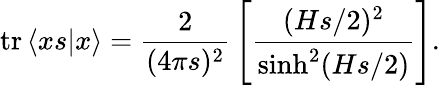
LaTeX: \mathrm{tr}\left<xs|x\right>={\frac{2}{(4\pi s)^{2}}}\left[{\frac{(Hs/2)^{2}}{\sinh^{2}(Hs/2)}}\right].